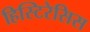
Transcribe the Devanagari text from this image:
हिस्टिरेसिस